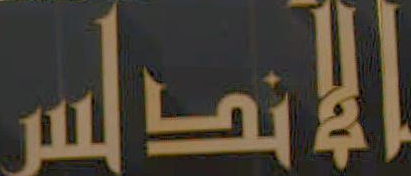
الأندلس